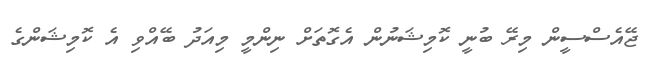
ޖޭއެސްސީން މިރޭ ބުނީ ކޮމިޝަނުން އެގޮތަށް ނިންމީ މިއަދު ބޭއްވި އެ ކޮމިޝަންގެ